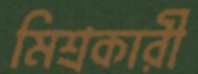
মিশ্রকারী